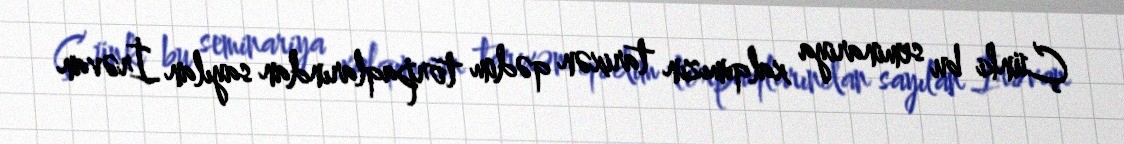
Çünki bu seminariya xalqımızın tarixən qədim torpaqlarından sayılan İrəvan